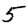
Digit: 5